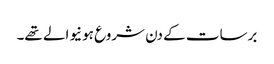
برسات کے دن شروع ہونیوالے تھے۔